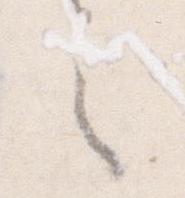
之